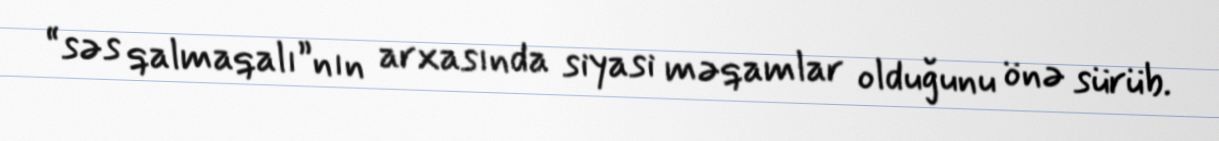
“səs qalmaqalı”nın arxasında siyasi məqamlar olduğunu önə sürüb.